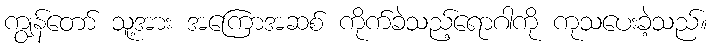
ကျွန်တော် သူ့အား အကြောအဆစ် ကိုက်ခဲသည့်ရောဂါကို ကုသပေးခဲ့သည်။